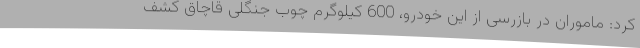
کرد: ماموران در بازرسی از این خودرو، 600 کیلوگرم چوب جنگلی قاچاق کشف